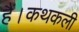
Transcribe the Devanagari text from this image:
हैं।कथकली